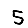
Digit: 5